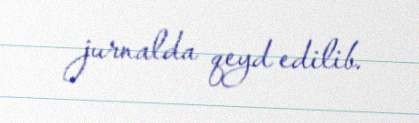
jurnalda qeyd edilib.